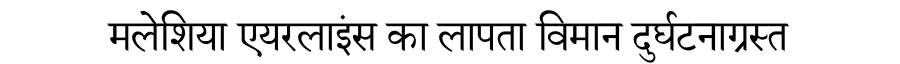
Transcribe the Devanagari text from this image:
मलेशिया एयरलाइंस का लापता विमान दुर्घटनाग्रस्त